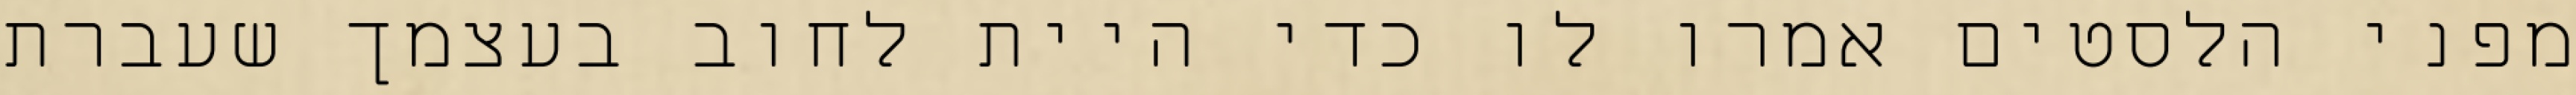
מפני הלסטים אמרו לו כדי היית לחוב בעצמך שעברת